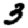
Digit: 3